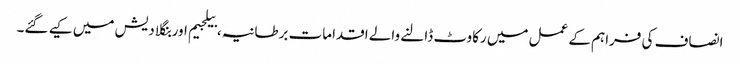
انصاف کی فراہم کے عمل میں رکاوٹ ڈالنے والے اقدامات برطانیہ، بیلجیم اور بنگلا دیش میں کیے گئے۔